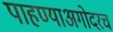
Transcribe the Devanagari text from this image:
पाहण्याअगोदरच